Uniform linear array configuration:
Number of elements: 24
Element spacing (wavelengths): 1
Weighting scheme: hamming
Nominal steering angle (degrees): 60
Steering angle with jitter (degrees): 60.757
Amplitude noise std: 0.05
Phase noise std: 0.05

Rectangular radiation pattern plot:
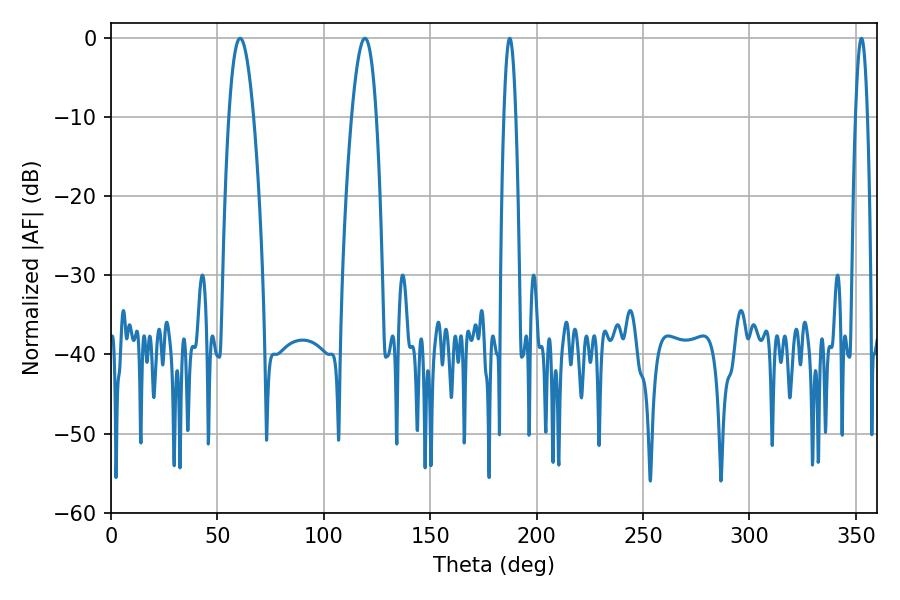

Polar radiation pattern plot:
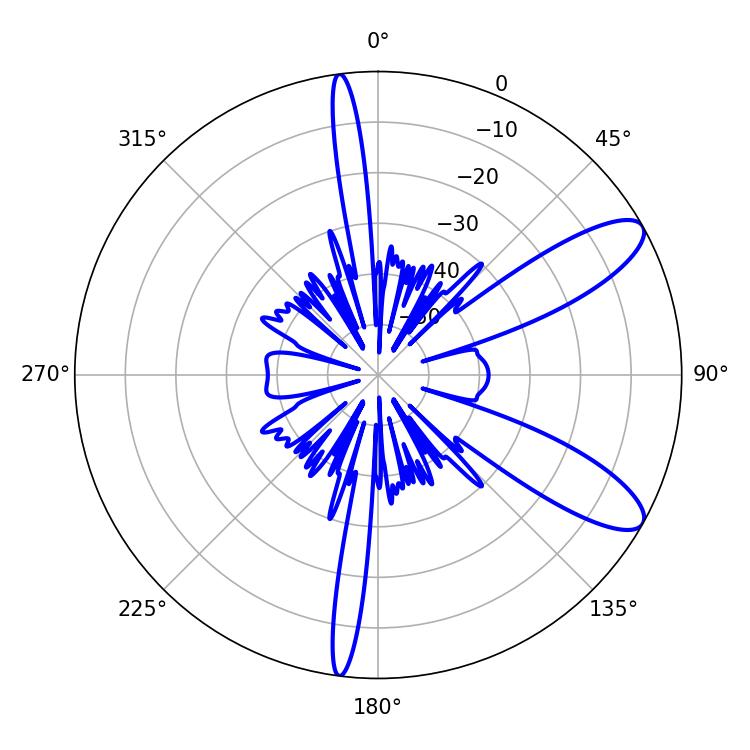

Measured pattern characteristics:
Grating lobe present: TRUE
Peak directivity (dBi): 10.114
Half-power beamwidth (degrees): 6.48
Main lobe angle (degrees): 60.66